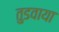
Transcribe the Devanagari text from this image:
तुडवाया